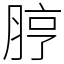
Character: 脝